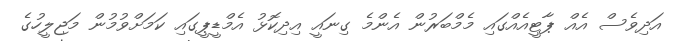
އަދިވެސް އެއް ޕާޓީއެއްގައި މެމްބަރުން އެންމެ ގިނައީ އިދިކޮޅު އެމްޑީޕީގައި ކަމަށްވުމުން މަޖިލީހުގެ